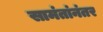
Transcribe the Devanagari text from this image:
सामंतांनंतर